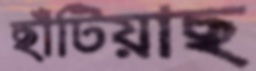
ছাঁটিয়াছ